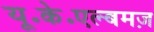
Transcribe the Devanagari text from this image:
यू॰के॰एल्बमज़